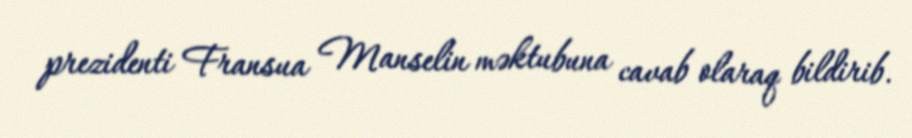
prezidenti Fransua Manselin məktubuna cavab olaraq bildirib.